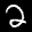
Label: 2